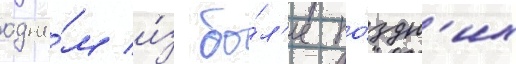
одно́м и́з бо́л'ее по́здн'их